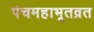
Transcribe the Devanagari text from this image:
पंचमहाभूतव्रत